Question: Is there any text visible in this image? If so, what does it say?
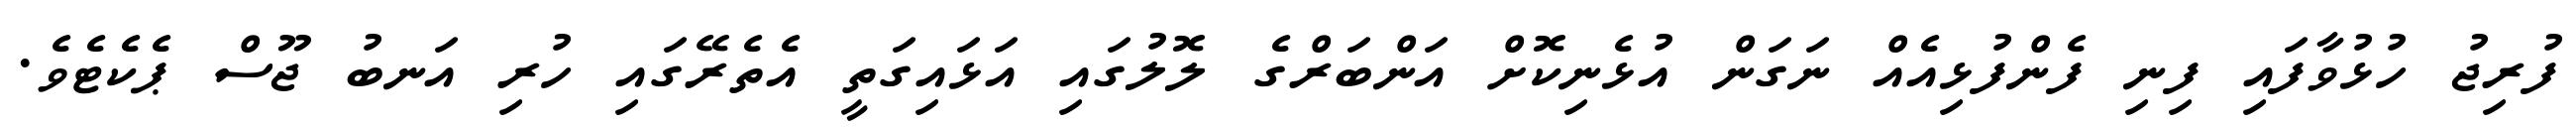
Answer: ފުރިޖު ހުޅުވާފައި ފިނި ފެންފުޅިއެއް ނަގަން އުޅެނިކޮށް އަންބަރްގެ ލޮލުގައި އަޅައިގަތީ އެތެރޭގައި ހުރި އަނބު ޖޫސް ޕެކެޓެވެ.